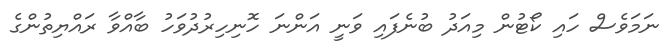
ނަމަވެސް ހައި ކޯޓުން މިއަދު ބުނެފައި ވަނީ އަންނަ ހޮނިހިރުދުވަހު ބާއްވާ ރައްޔިތުންގެ